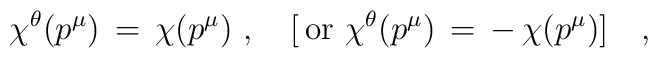
\chi^\theta(p^\mu) \,=\,\chi(p^\mu)\,\,,\quad\big[\,\mbox{or}\,\,\chi^\theta(p^\mu) \,=\,-\,\chi(p^\mu)\big]\quad,